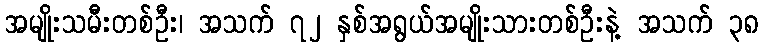
အမျိုးသမီးတစ်ဦး၊ အသက် ၇၂ နှစ်အရွယ်အမျိုးသားတစ်ဦးနဲ့ အသက် ၃၈